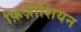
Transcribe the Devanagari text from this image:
फ़िज़ीशियन